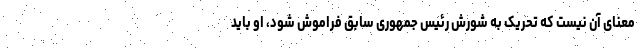
معنای آن نیست که تحریک به شورش رئیس جمهوری سابق فراموش شود، او باید